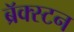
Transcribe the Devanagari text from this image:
ब्रॅक्स्टन